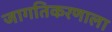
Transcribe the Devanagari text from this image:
जागतिकरणाला